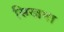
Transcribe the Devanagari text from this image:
सिखना